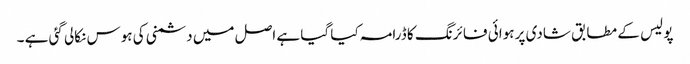
پو لیس کے مطابق شادی پر ہوائی فا ئرنگ کا ڈرامہ کیا گیا ہے اصل میں دشمنی کی ہوس نکالی گئی ہے ۔